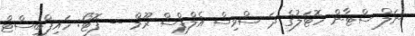
ނަލް ސްޓާން ހޮޓަލުގެ ދަ ސްވިސް އެލްޕްސް ރޫމް -- ފޮޓޯ: ހައިޕްބީސްޓް